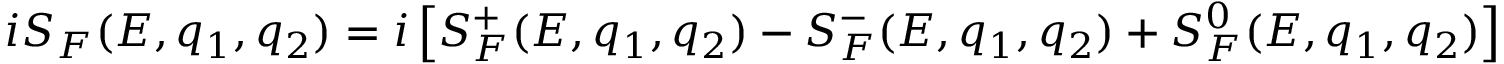
i S _ { F } ( E , q _ { 1 } , q _ { 2 } ) = i \left[ S _ { F } ^ { + } ( E , q _ { 1 } , q _ { 2 } ) - S _ { F } ^ { - } ( E , q _ { 1 } , q _ { 2 } ) + S _ { F } ^ { 0 } ( E , q _ { 1 } , q _ { 2 } ) \right]